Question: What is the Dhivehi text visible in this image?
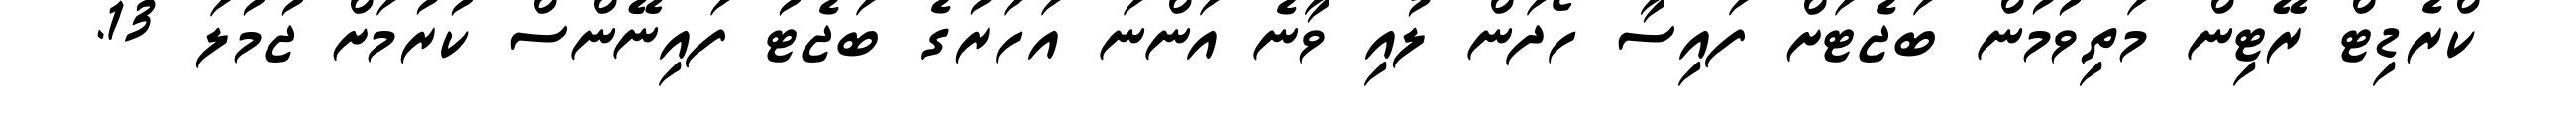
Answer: ކްރެޑިޓް ރޭޓިން މަތިވުމުން ބަޖެޓަށް ފައިސާ ހޯދަން ލުއި ވާނެ އަންނަ އަހަރުގެ ބަޖެޓު ފައިނޭންސް ކުރުމަށް ޖުމުލަ 13.